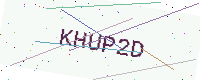
Text: KHUP2D